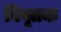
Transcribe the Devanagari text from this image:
विवृतक